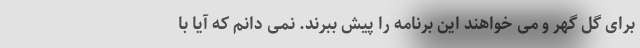
برای گل گهر و می خواهند این برنامه را پیش ببرند. نمی دانم که آیا با